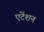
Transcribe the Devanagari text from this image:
एटेंशन